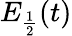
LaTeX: E_{\frac{1}{2}}(t)